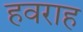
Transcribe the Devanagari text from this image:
हवराह